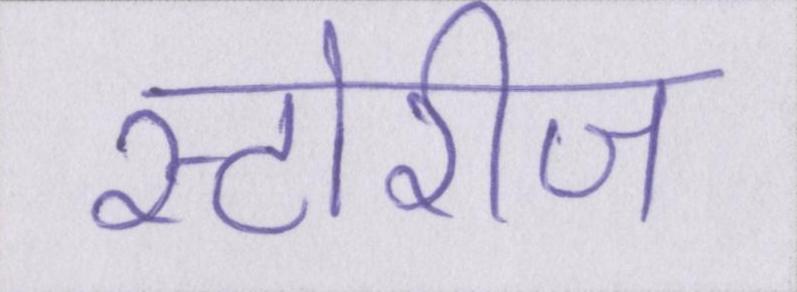
स्टोरीज